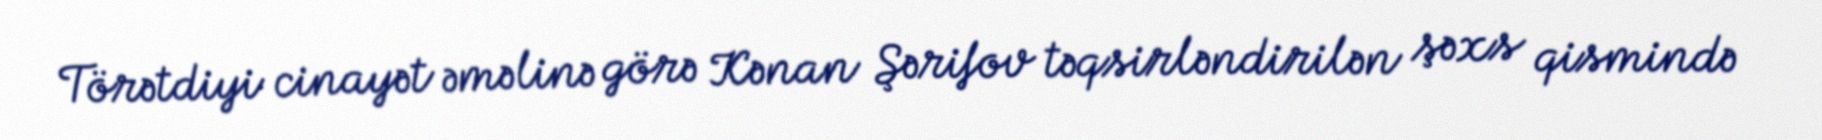
Törətdiyi cinayət əməlinə görə Kənan Şərifov təqsirləndirilən şəxs qismində